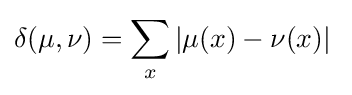
\delta (\mu ,\nu )=\sum _{x}\left|\mu (x)-\nu (x)\right|\;